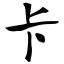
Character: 卡